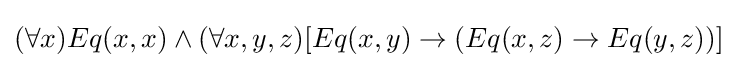
(\forall x)Eq(x,x)\wedge (\forall x,y,z)[Eq(x,y)\rightarrow (Eq(x,z)\rightarrow Eq(y,z))]